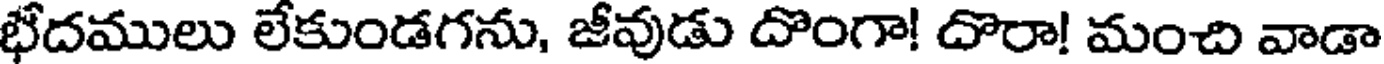
భేదములు లేకుండగను, జీవుడు దొంగా! దొరా! మంచి వాడా